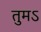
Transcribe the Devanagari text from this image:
तुमऽ